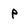
Character: P